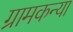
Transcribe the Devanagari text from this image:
ग्रामकन्या